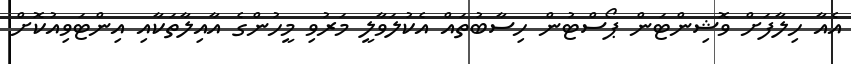
އެއާ ހިލާފަށް ވޮޝިންޓަން ޕޯސްޓުން ހިސާބުތައް އެކުލަވާލީ މަރުވި މީހުންގެ އާއިލާތަކާއި އިންޓަވިއުކޮށް